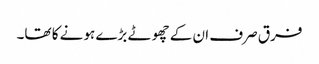
فرق صرف ان کے چھوٹے بڑے ہونے کا تھا۔